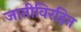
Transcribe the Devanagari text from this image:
जातीविरहित